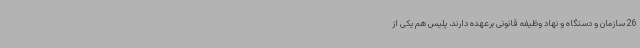
26 سازمان و دستگاه و نهاد وظیفه قانونی برعهده دارند، پلیس هم یکی از